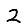
Digit: 2